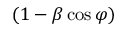
( 1 - \beta \cos \varphi )